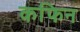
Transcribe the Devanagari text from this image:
कफिन